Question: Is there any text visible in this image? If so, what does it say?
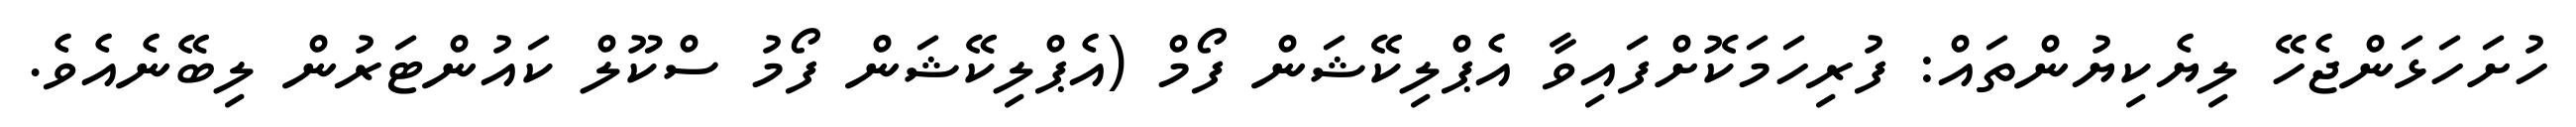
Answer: ހުށަހަޅަންޖެހޭ ލިޔެކިޔުންތައް: ފުރިހަމަކޮށްފައިވާ އެޕްލިކޭޝަން ފޯމް (އެޕްލިކޭޝަން ފޯމު ސްކޫލް ކައުންޓަރުން ލިބޭނެއެވެ.